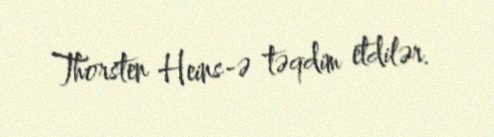
Thorsten Heins-ə təqdim etdilər.